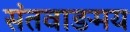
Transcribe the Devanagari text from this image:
संतवाङमय